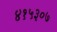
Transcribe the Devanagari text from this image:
४१५३०७